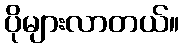
ပိုများလာတယ်။